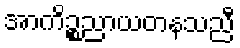
အာကိဉ္စညာယတနသညီ